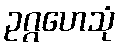
ဥဂ္ဂဟေသုံ